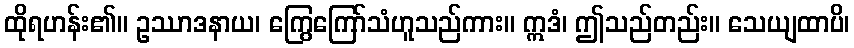
ထိုရဟန်း၏။ ဥဿာဒနာယ၊ ကြွေကြော်သံဟူသည်ကား။ ဣဒံ၊ ဤသည်တည်း။ သေယျထာပိ၊